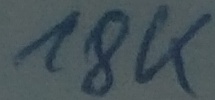
Text: 18K